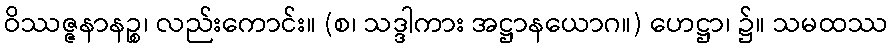
ဝိဿဇ္ဇနာနဉ္စ၊ လည်းကောင်း။ (စ၊ သဒ္ဒါကား အဋ္ဌာနယောဂ။) ဟေဋ္ဌာ၊ ၌။ သမထဿ